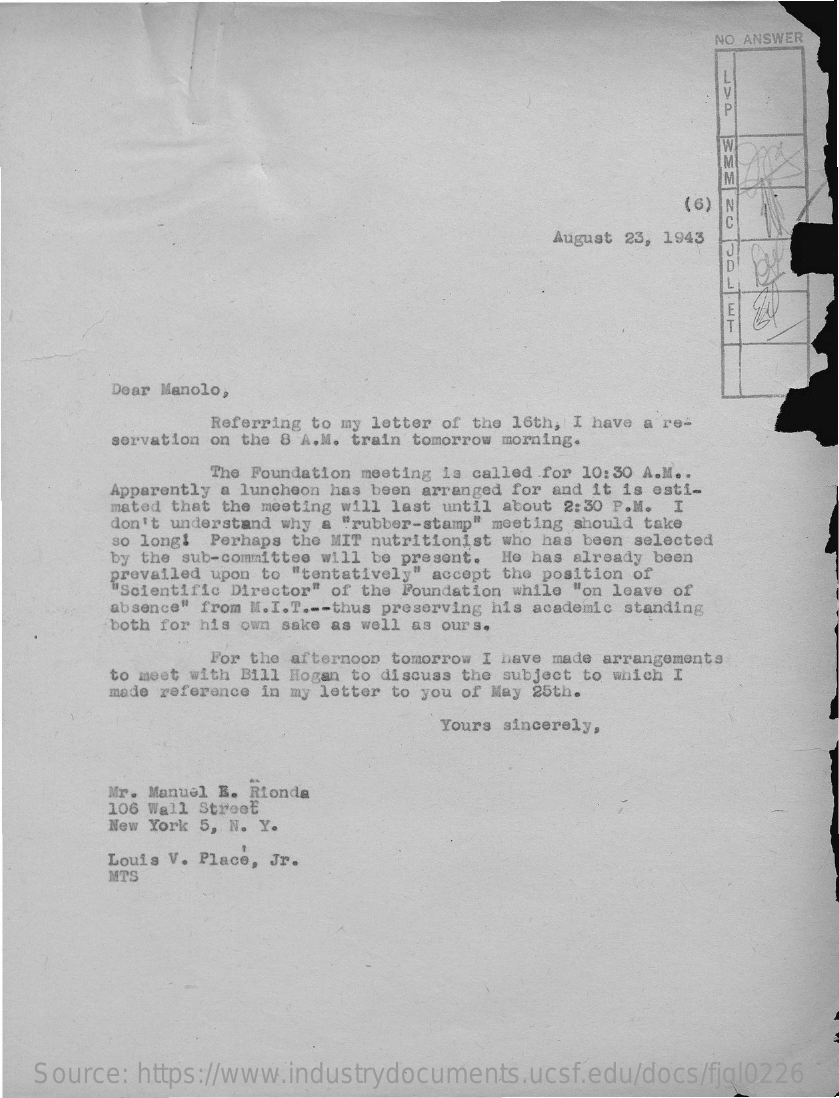
NO ANSWER
     P
     (6) IN
     August 23, 1943
     ID!
     Dear Manolo,
     Referring to my letter of the 16th, I have a re-
     servation on the 8 A.M. train tomorrow morning.
     The Foundation meeting is called for 10:30 A.M. .
     Apparently a luncheon has been arranged for and it is esti-
     mated that the meeting will last until about 2:30 P.M. I
     don't understand why a "rubber-stamp" meeting should take
     so long! Perhaps the MIT nutritionist who has been selected
     by the sub-committee will be present. He has already been
     prevailed upon to "tentatively" accept the position of
     "Scientific Director" of the Foundation while "on leave of
     absence" from M.I.T .-- thus preserving his academic standing
     both for his own sake as well as ours.
     For the afternoon tomorrow I have made arrangements
     to meet with Bill Hogan to discuss the subject to which I
     made reference in my letter to you of May 25th.
     Yours sincerely,
     Mr. Manuel E. Rionda
     106 Wall Street
     New York 5, N. Y.
     Louis V. Place, Jr.
     MTS
   Source: https://www.industrydocuments.ucsf.edu/docs/fjgl0226